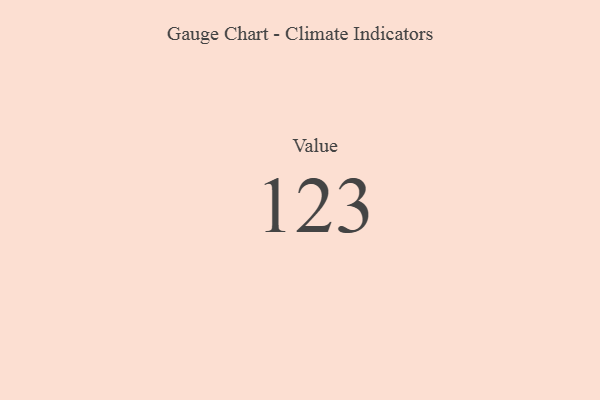
{"axis": {"x": "Metric", "y": "Value"}, "legend": [""], "data": [{"x": "Value", "y": 123, "type": ""}]}